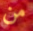
من